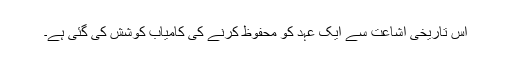
اس تاریخی اشاعت سے ایک عہد کو محفوظ کرنے کی کامیاب کوشش کی گئی ہے۔